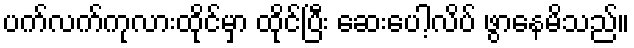
ပက်လက်ကုလားထိုင်မှာ ထိုင်ပြီး ဆေးပေါ့လိပ် ဖွာနေမိသည်။